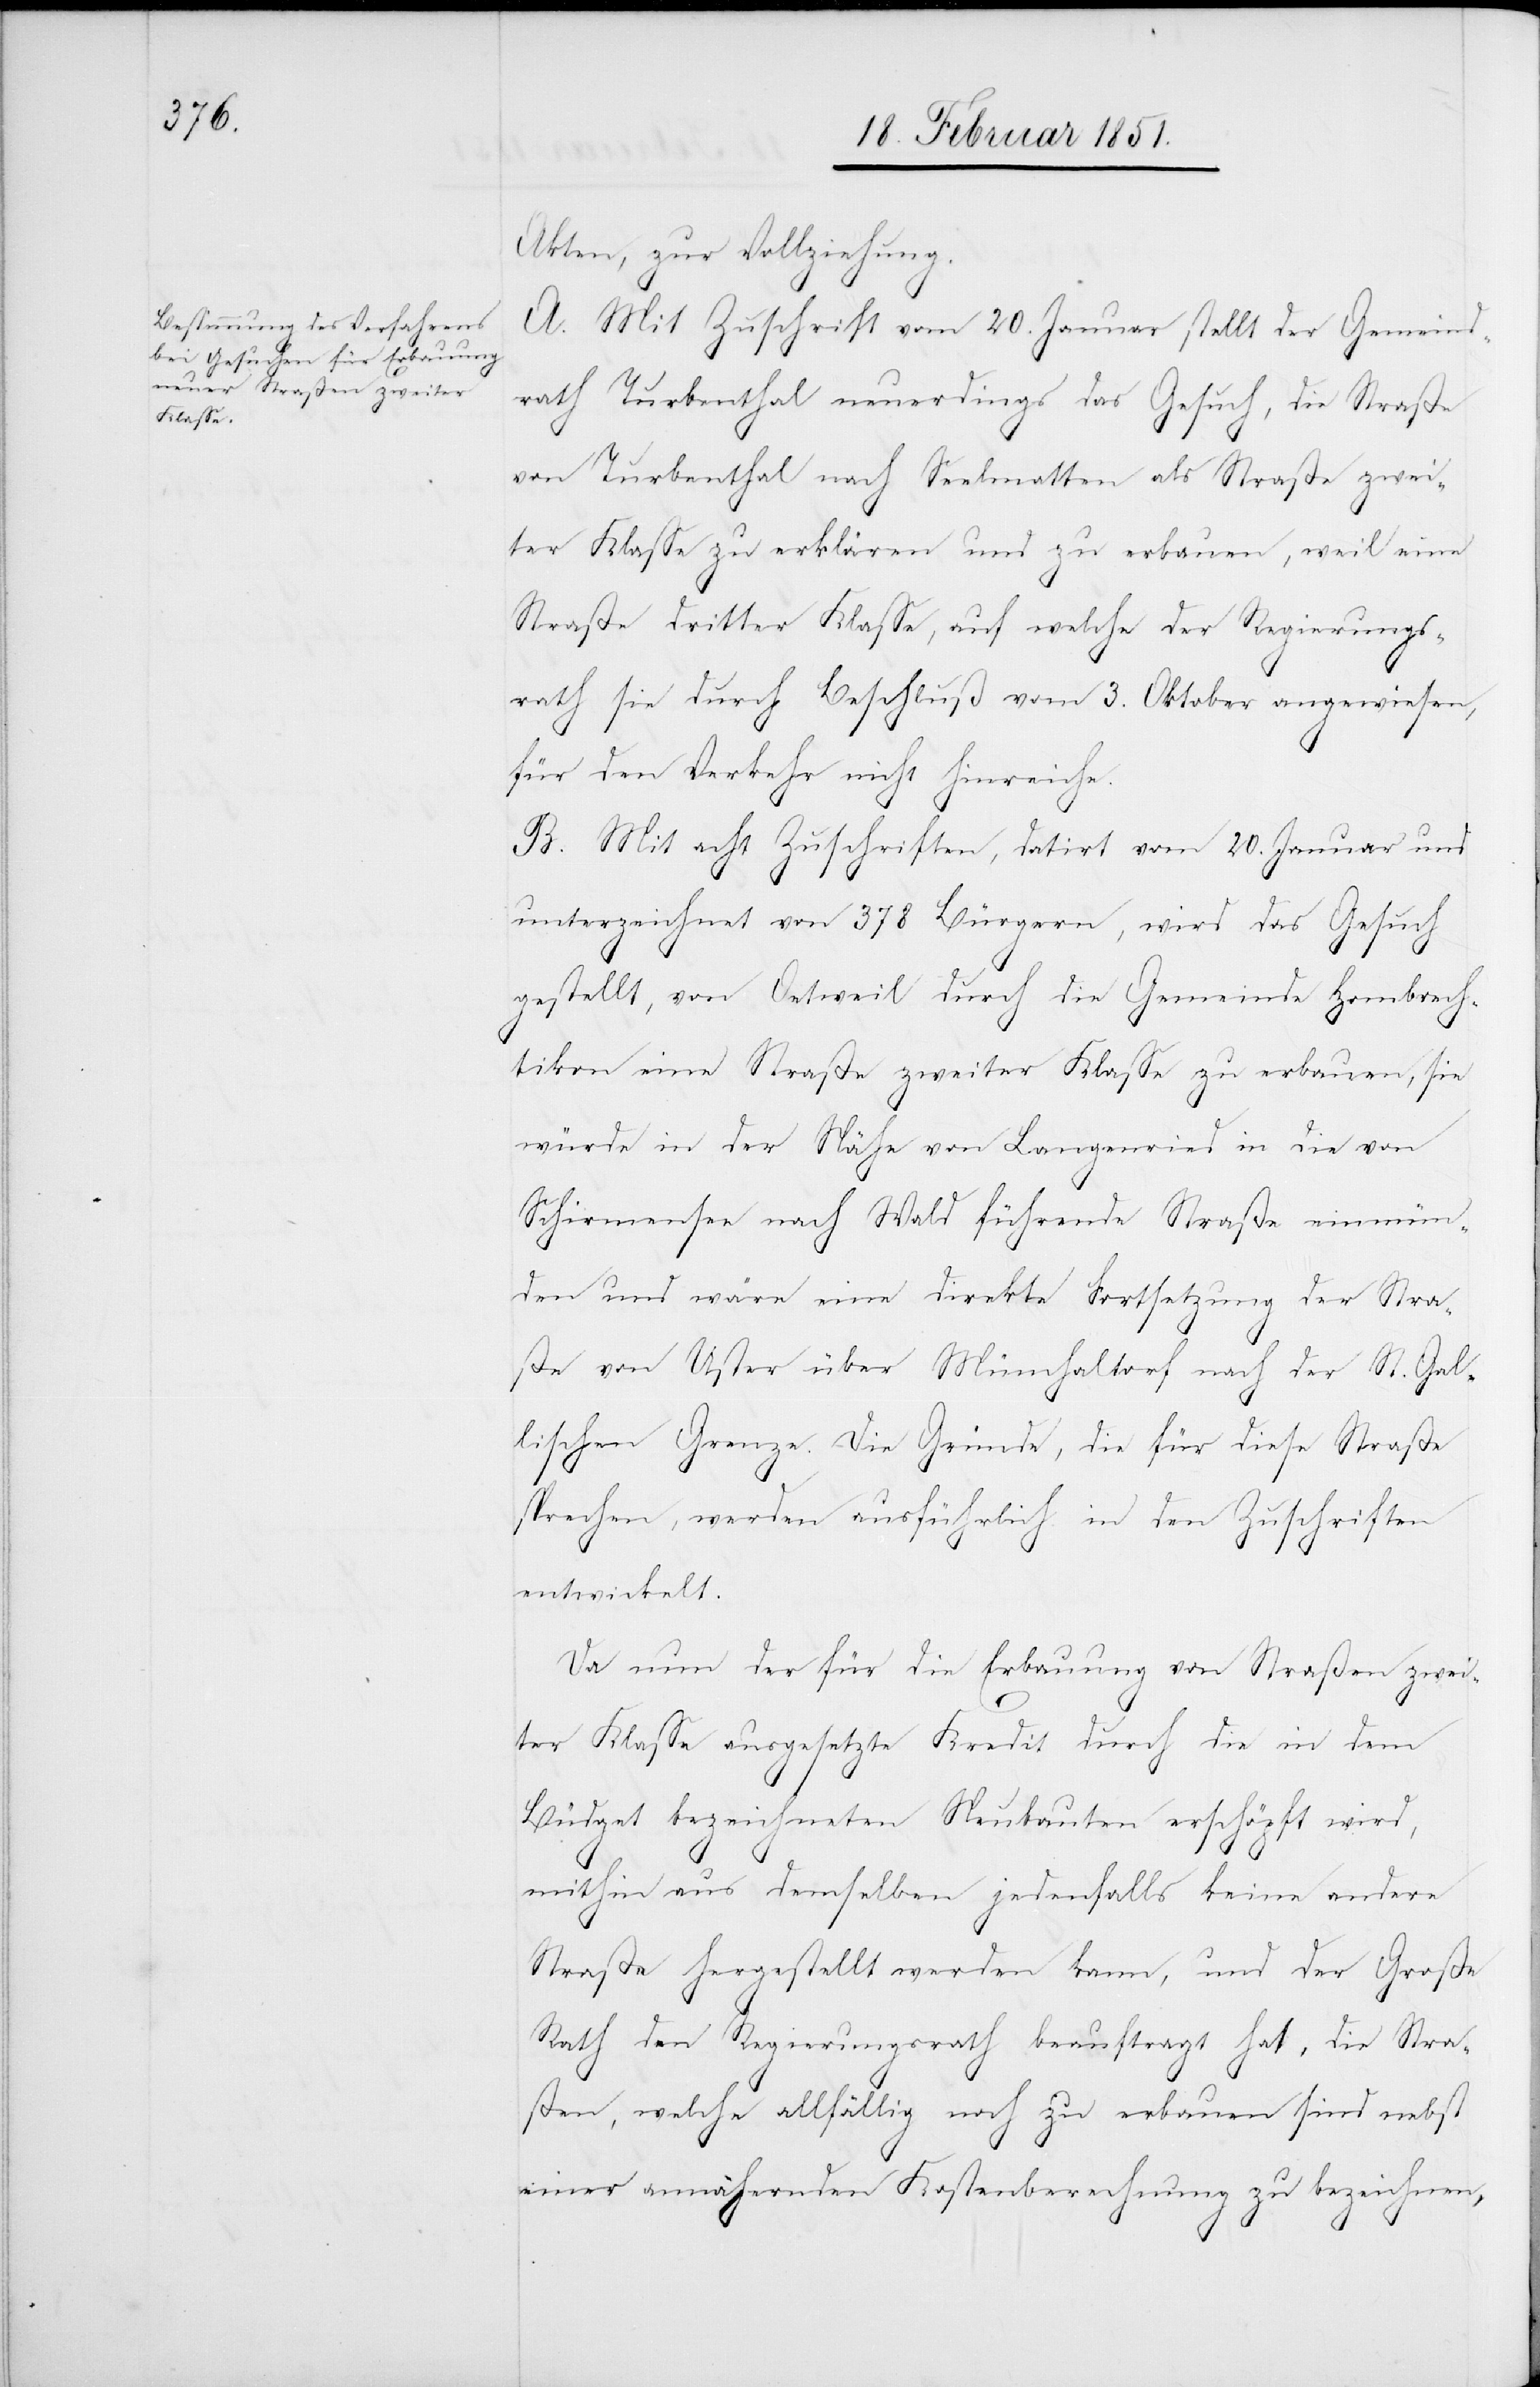
Akten, zur Vollziehung.
A. Mit Zuschrift vom 20. Januar stellt der Gemeind¬
rath Turbenthal neuerdings das Gesuch, die Straße
von Turbenthal nach Seelmatten als Straße zwei¬
ter Klasse zu erklären und zu erbauen, weil eine
Straße dritter Klasse, auf welche der Regierungs¬
rath sie durch Beschluß vom 3. Oktober angewiesen,
für den Verkehr nicht hinreiche.
B. Mit acht Zuschriften, datirt vom 20. Januar und
unterzeichnet von 378 Bürgern, wird das Gesuch
gestellt, von Oetweil durch die Gemeinde Hombrech¬
tikon eine Straße zweiter Klasse zu erbauen, sie
würde in der Nähe von Langenried in die von
Schirmensee nach Wald führende Straße einmün¬
den und wäre eine direkte Fortsetzung der Stra¬
ße von Uster über Münchaltorf nach der St. Gall¬
ischen Grenze. Die Gründe, die für diese Straße
sprechen, werden ausführlich in den Zuschriften
entwickelt.
Da nun der für die Erbauung von Straßen zwei¬
ter Klasse ausgesetzte Kredit durch die in dem
Büdget bezeichneten Neubauten erschöpft wird,
mithin aus demselben jedenfalls keine andere
Straße hergestellt werden kann, und der Große
Rath den Regierungsrath beauftragt hat, die Stra¬
ßen, welche allfällig noch zu erbauen sind nebst
einer annähernden Kostenberechnung zu bezeichnen,